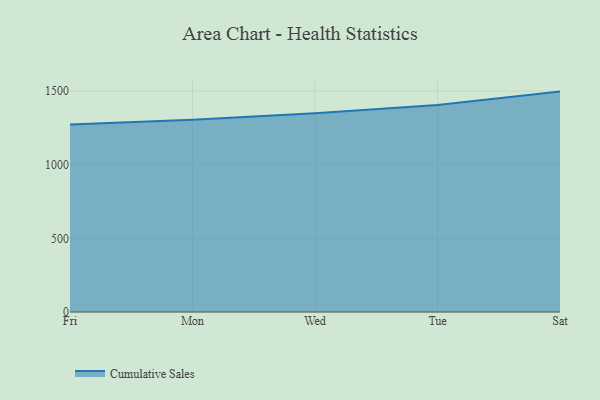
{"axis": {"x": "Day", "y": "Demand Index"}, "legend": ["Cumulative Sales"], "data": [{"x": "Fri", "y": 1273.2, "type": "Cumulative Sales"}, {"x": "Mon", "y": 1306.6, "type": "Cumulative Sales"}, {"x": "Wed", "y": 1350.3, "type": "Cumulative Sales"}, {"x": "Tue", "y": 1406.2, "type": "Cumulative Sales"}, {"x": "Sat", "y": 1497.2, "type": "Cumulative Sales"}]}